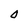
Character: O